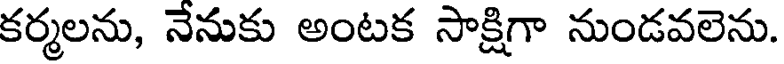
కర్మలను, నేనుకు అంటక సాక్షిగా నుండవలెను.